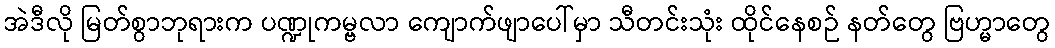
အဲဒီလို မြတ်စွာဘုရားက ပဏ္ဍုကမ္ဗလာ ကျောက်ဖျာပေါ်မှာ သီတင်းသုံး ထိုင်နေစဉ် နတ်တွေ ဗြဟ္မာတွေ